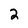
Character: 2